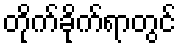
တိုက်ခိုက်ရာတွင်